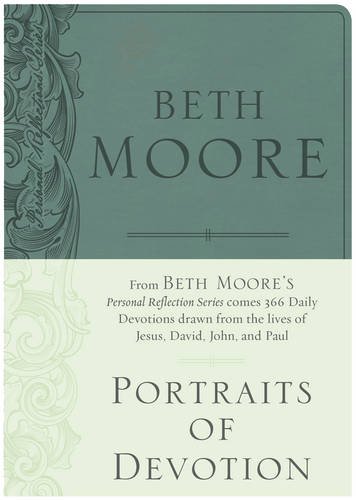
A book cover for Portraits of Devotion; Beth Moore; Christian Books & Bibles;